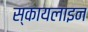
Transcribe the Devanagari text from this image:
स्कायलाइन